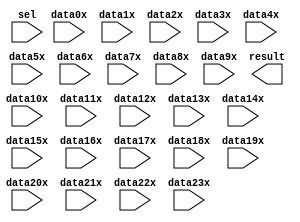
module Bus_Mux (
	data0x,
	data10x,
	data11x,
	data12x,
	data13x,
	data14x,
	data15x,
	data16x,
	data17x,
	data18x,
	data19x,
	data1x,
	data20x,
	data21x,
	data22x,
	data23x,
	data2x,
	data3x,
	data4x,
	data5x,
	data6x,
	data7x,
	data8x,
	data9x,
	sel,
	result);

	input	[31:0]  data0x;
	input	[31:0]  data10x;
	input	[31:0]  data11x;
	input	[31:0]  data12x;
	input	[31:0]  data13x;
	input	[31:0]  data14x;
	input	[31:0]  data15x;
	input	[31:0]  data16x;
	input	[31:0]  data17x;
	input	[31:0]  data18x;
	input	[31:0]  data19x;
	input	[31:0]  data1x;
	input	[31:0]  data20x;
	input	[31:0]  data21x;
	input	[31:0]  data22x;
	input	[31:0]  data23x;
	input	[31:0]  data2x;
	input	[31:0]  data3x;
	input	[31:0]  data4x;
	input	[31:0]  data5x;
	input	[31:0]  data6x;
	input	[31:0]  data7x;
	input	[31:0]  data8x;
	input	[31:0]  data9x;
	input	[4:0]  sel;
	output	[31:0]  result;

endmodule